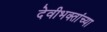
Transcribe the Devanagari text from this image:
देवीभक्तांच्या